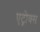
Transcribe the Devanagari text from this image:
एट्रोक्स